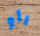
راو